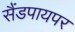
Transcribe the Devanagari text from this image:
सैंडपायपर